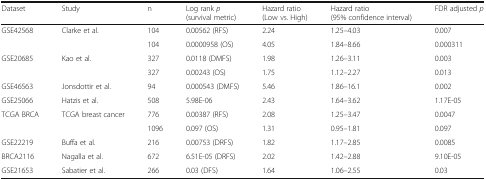
<table><thead><tr><td><b>Dataset</b></td><td><b>Study</b></td><td><b>n</b></td><td><b>Log rank <i>p</i> (survival metric)</b></td><td><b>Hazard ratio (Low vs. High)</b></td><td><b>Hazard ratio (95% confidence interval)</b></td><td><b>FDR adjusted <i>p</i></b></td></tr></thead><tbody><tr><td>GSE42568</td><td>Clarke et al.</td><td>104</td><td>0.00562 (RFS)</td><td>2.24</td><td>1.25–4.03</td><td>0.007</td></tr><tr><td></td><td></td><td>104</td><td>0.0000958 (OS)</td><td>4.05</td><td>1.84–8.66</td><td>0.000311</td></tr><tr><td>GSE20685</td><td>Kao et al.</td><td>327</td><td>0.0118 (DMFS)</td><td>1.98</td><td>1.26–3.11</td><td>0.003</td></tr><tr><td></td><td></td><td>327</td><td>0.00243 (OS)</td><td>1.75</td><td>1.12–2.27</td><td>0.013</td></tr><tr><td>GSE46563</td><td>Jonsdottir et al.</td><td>94</td><td>0.000543 (DMFS)</td><td>5.46</td><td>1.86–16.1</td><td>0.002</td></tr><tr><td>GSE25066</td><td>Hatzis et al.</td><td>508</td><td>5.98E-06</td><td>2.43</td><td>1.64–3.62</td><td>1.17E-05</td></tr><tr><td>TCGA BRCA</td><td>TCGA breast cancer</td><td>776</td><td>0.00387 (RFS)</td><td>2.08</td><td>1.25–3.47</td><td>0.0047</td></tr><tr><td></td><td></td><td>1096</td><td>0.097 (OS)</td><td>1.31</td><td>0.95–1.81</td><td>0.097</td></tr><tr><td>GSE22219</td><td>Buffa et al.</td><td>216</td><td>0.00753 (DRFS)</td><td>1.82</td><td>1.17–2.85</td><td>0.0085</td></tr><tr><td>BRCA2116</td><td>Nagalla et al.</td><td>672</td><td>6.51E-05 (DRFS)</td><td>2.02</td><td>1.42–2.88</td><td>9.10E-05</td></tr><tr><td>GSE21653</td><td>Sabatier et al.</td><td>266</td><td>0.03 (DFS)</td><td>1.64</td><td>1.06–2.55</td><td>0.03</td></tr></tbody></table>